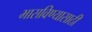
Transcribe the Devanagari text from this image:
भासविण्यासाठी